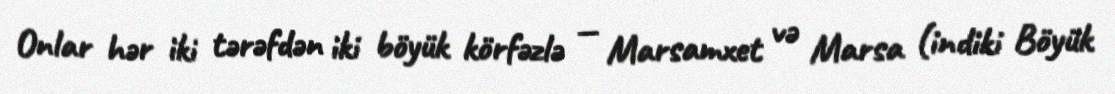
Onlar hər iki tərəfdən iki böyük körfəzlə — Marsamxet və Marsa (indiki Böyük